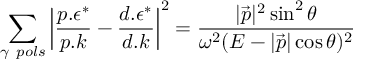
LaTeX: \sum _ { \gamma \ p o l s } \left| \frac { p . \epsilon ^ { * } } { p . k } - \frac { d . \epsilon ^ { * } } { d . k } \right| ^ { 2 } = \frac { | \vec { p } | ^ { 2 } \sin ^ { 2 } \theta } { \omega ^ { 2 } ( E - | \vec { p } | \cos \theta ) ^ { 2 } }